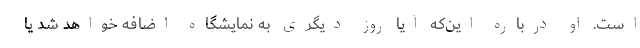
است. او درباره این‌که ‌آیا روز دیگری به نمایشگاه اضافه خواهد شد یا